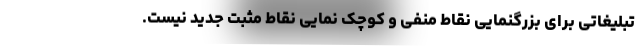
تبلیغاتی برای بزرگنمایی نقاط منفی و کوچک نمایی نقاط مثبت جدید نیست.